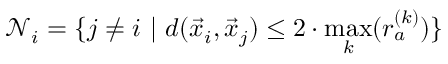
\mathcal { N } _ { i } = \{ j \neq i \ \vert \ d ( \vec { x } _ { i } , \vec { x } _ { j } ) \leq 2 \cdot \operatorname* { m a x } _ { k } ( r _ { a } ^ { ( k ) } ) \}